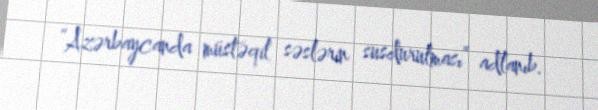
“Azərbaycanda müstəqil səslərin susdurulması” adlanıb.